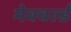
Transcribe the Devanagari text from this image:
मेक्वर्ल्ड